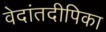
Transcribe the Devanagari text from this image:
वेदांतदीपिका